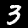
Label: 3